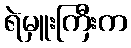
ရဲမှူးကြီးက